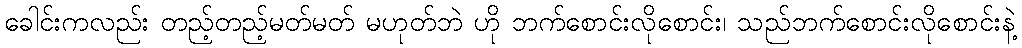
ခေါင်းကလည်း တည့်တည့်မတ်မတ် မဟုတ်ဘဲ ဟို ဘက်စောင်းလိုစောင်း၊ သည်ဘက်စောင်းလိုစောင်းနဲ့